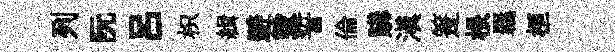
列阮吕枳緝避毀誓倫購滇箑根羈桓